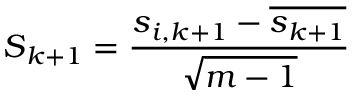
\boldsymbol { S } _ { k + 1 } = \frac { \boldsymbol { s } _ { i , k + 1 } - \overline { { \boldsymbol { s } _ { k + 1 } } } } { \sqrt { m - 1 } }